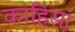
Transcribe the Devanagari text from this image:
काहिसा